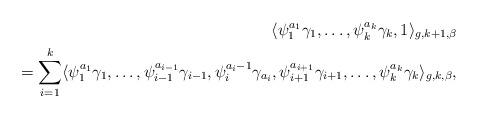
LaTeX: \begin{align*}\langle \psi^{a_1}_1\gamma_1,\dots,\psi^{a_k}_k\gamma_k,1\rangle_{g,k+1,\beta}\\=\sum_{i=1}^{k}\langle \psi^{a_1}_1\gamma_1,\dots,\psi^{a_{i-1}}_{i-1}\gamma_{i-1},\psi^{a_i-1}_i\gamma_{a_i},\psi^{a_{i+1}}_{i+1}\gamma_{i+1},\dots, \psi^{a_k}_k\gamma_k\rangle_{g,k,\beta},\end{align*}